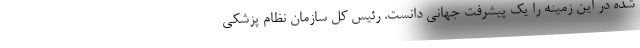
شده در این زمینه را یک پیشرفت جهانی دانست. رئیس کل سازمان نظام پزشکی